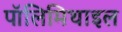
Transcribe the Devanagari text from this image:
पॉलिमिथाइल